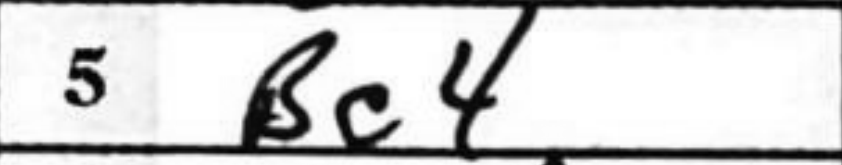
Transcription: Bc4